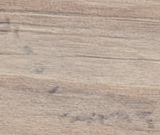
صالون الحلاقة الرجالي يقد